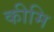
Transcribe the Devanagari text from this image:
कीमि